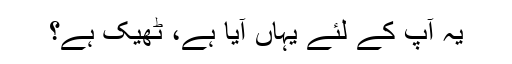
یہ آپ کے لئے یہاں آیا ہے، ٹھیک ہے؟